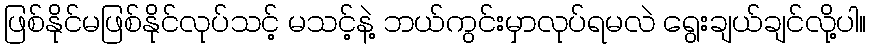
ဖြစ်နိုင်မဖြစ်နိုင်လုပ်သင့် မသင့်နဲ့ ဘယ်ကွင်းမှာလုပ်ရမလဲ ရွေးချယ်ချင်လို့ပါ။